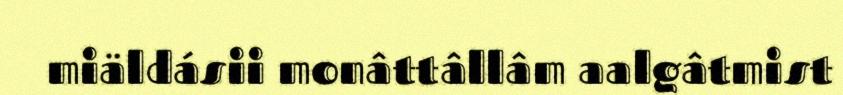
miäldásii monâttâllâm aalgâtmist